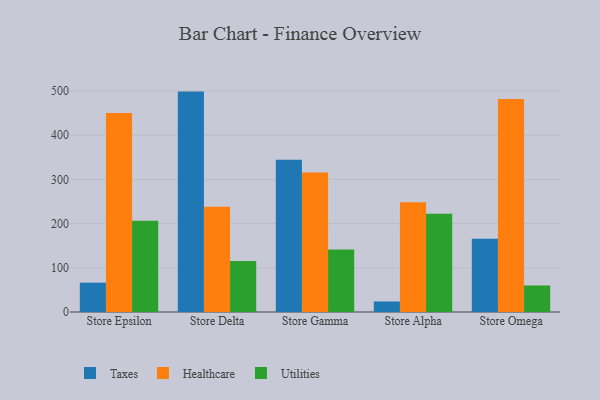
{"axis": {"x": "Store", "y": "Temperature (°C)"}, "legend": ["Healthcare", "Taxes", "Utilities"], "data": [{"x": "Store Epsilon", "y": 66.4, "type": "Taxes"}, {"x": "Store Epsilon", "y": 450.1, "type": "Healthcare"}, {"x": "Store Epsilon", "y": 206.5, "type": "Utilities"}, {"x": "Store Delta", "y": 498.6, "type": "Taxes"}, {"x": "Store Delta", "y": 238.1, "type": "Healthcare"}, {"x": "Store Delta", "y": 115.1, "type": "Utilities"}, {"x": "Store Gamma", "y": 344.3, "type": "Taxes"}, {"x": "Store Gamma", "y": 315.5, "type": "Healthcare"}, {"x": "Store Gamma", "y": 141.6, "type": "Utilities"}, {"x": "Store Alpha", "y": 23.8, "type": "Taxes"}, {"x": "Store Alpha", "y": 248.1, "type": "Healthcare"}, {"x": "Store Alpha", "y": 222.1, "type": "Utilities"}, {"x": "Store Omega", "y": 165.5, "type": "Taxes"}, {"x": "Store Omega", "y": 481.8, "type": "Healthcare"}, {"x": "Store Omega", "y": 60.0, "type": "Utilities"}]}